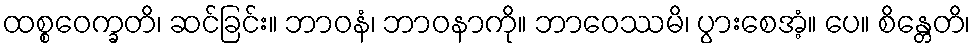
ထစ္စဝေက္ခတိ၊ ဆင်ခြင်း။ ဘာဝနံ၊ ဘာဝနာကို။ ဘာဝေဿမိ၊ ပွားစေအံ့။ ပေ။ စိန္တေတိ၊